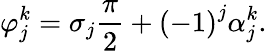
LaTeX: \varphi_{j}^{k}={{\sigma}_{j}}\frac{\pi}{2}+{{(-1)}^{j}}\alpha_{j}^{k}.